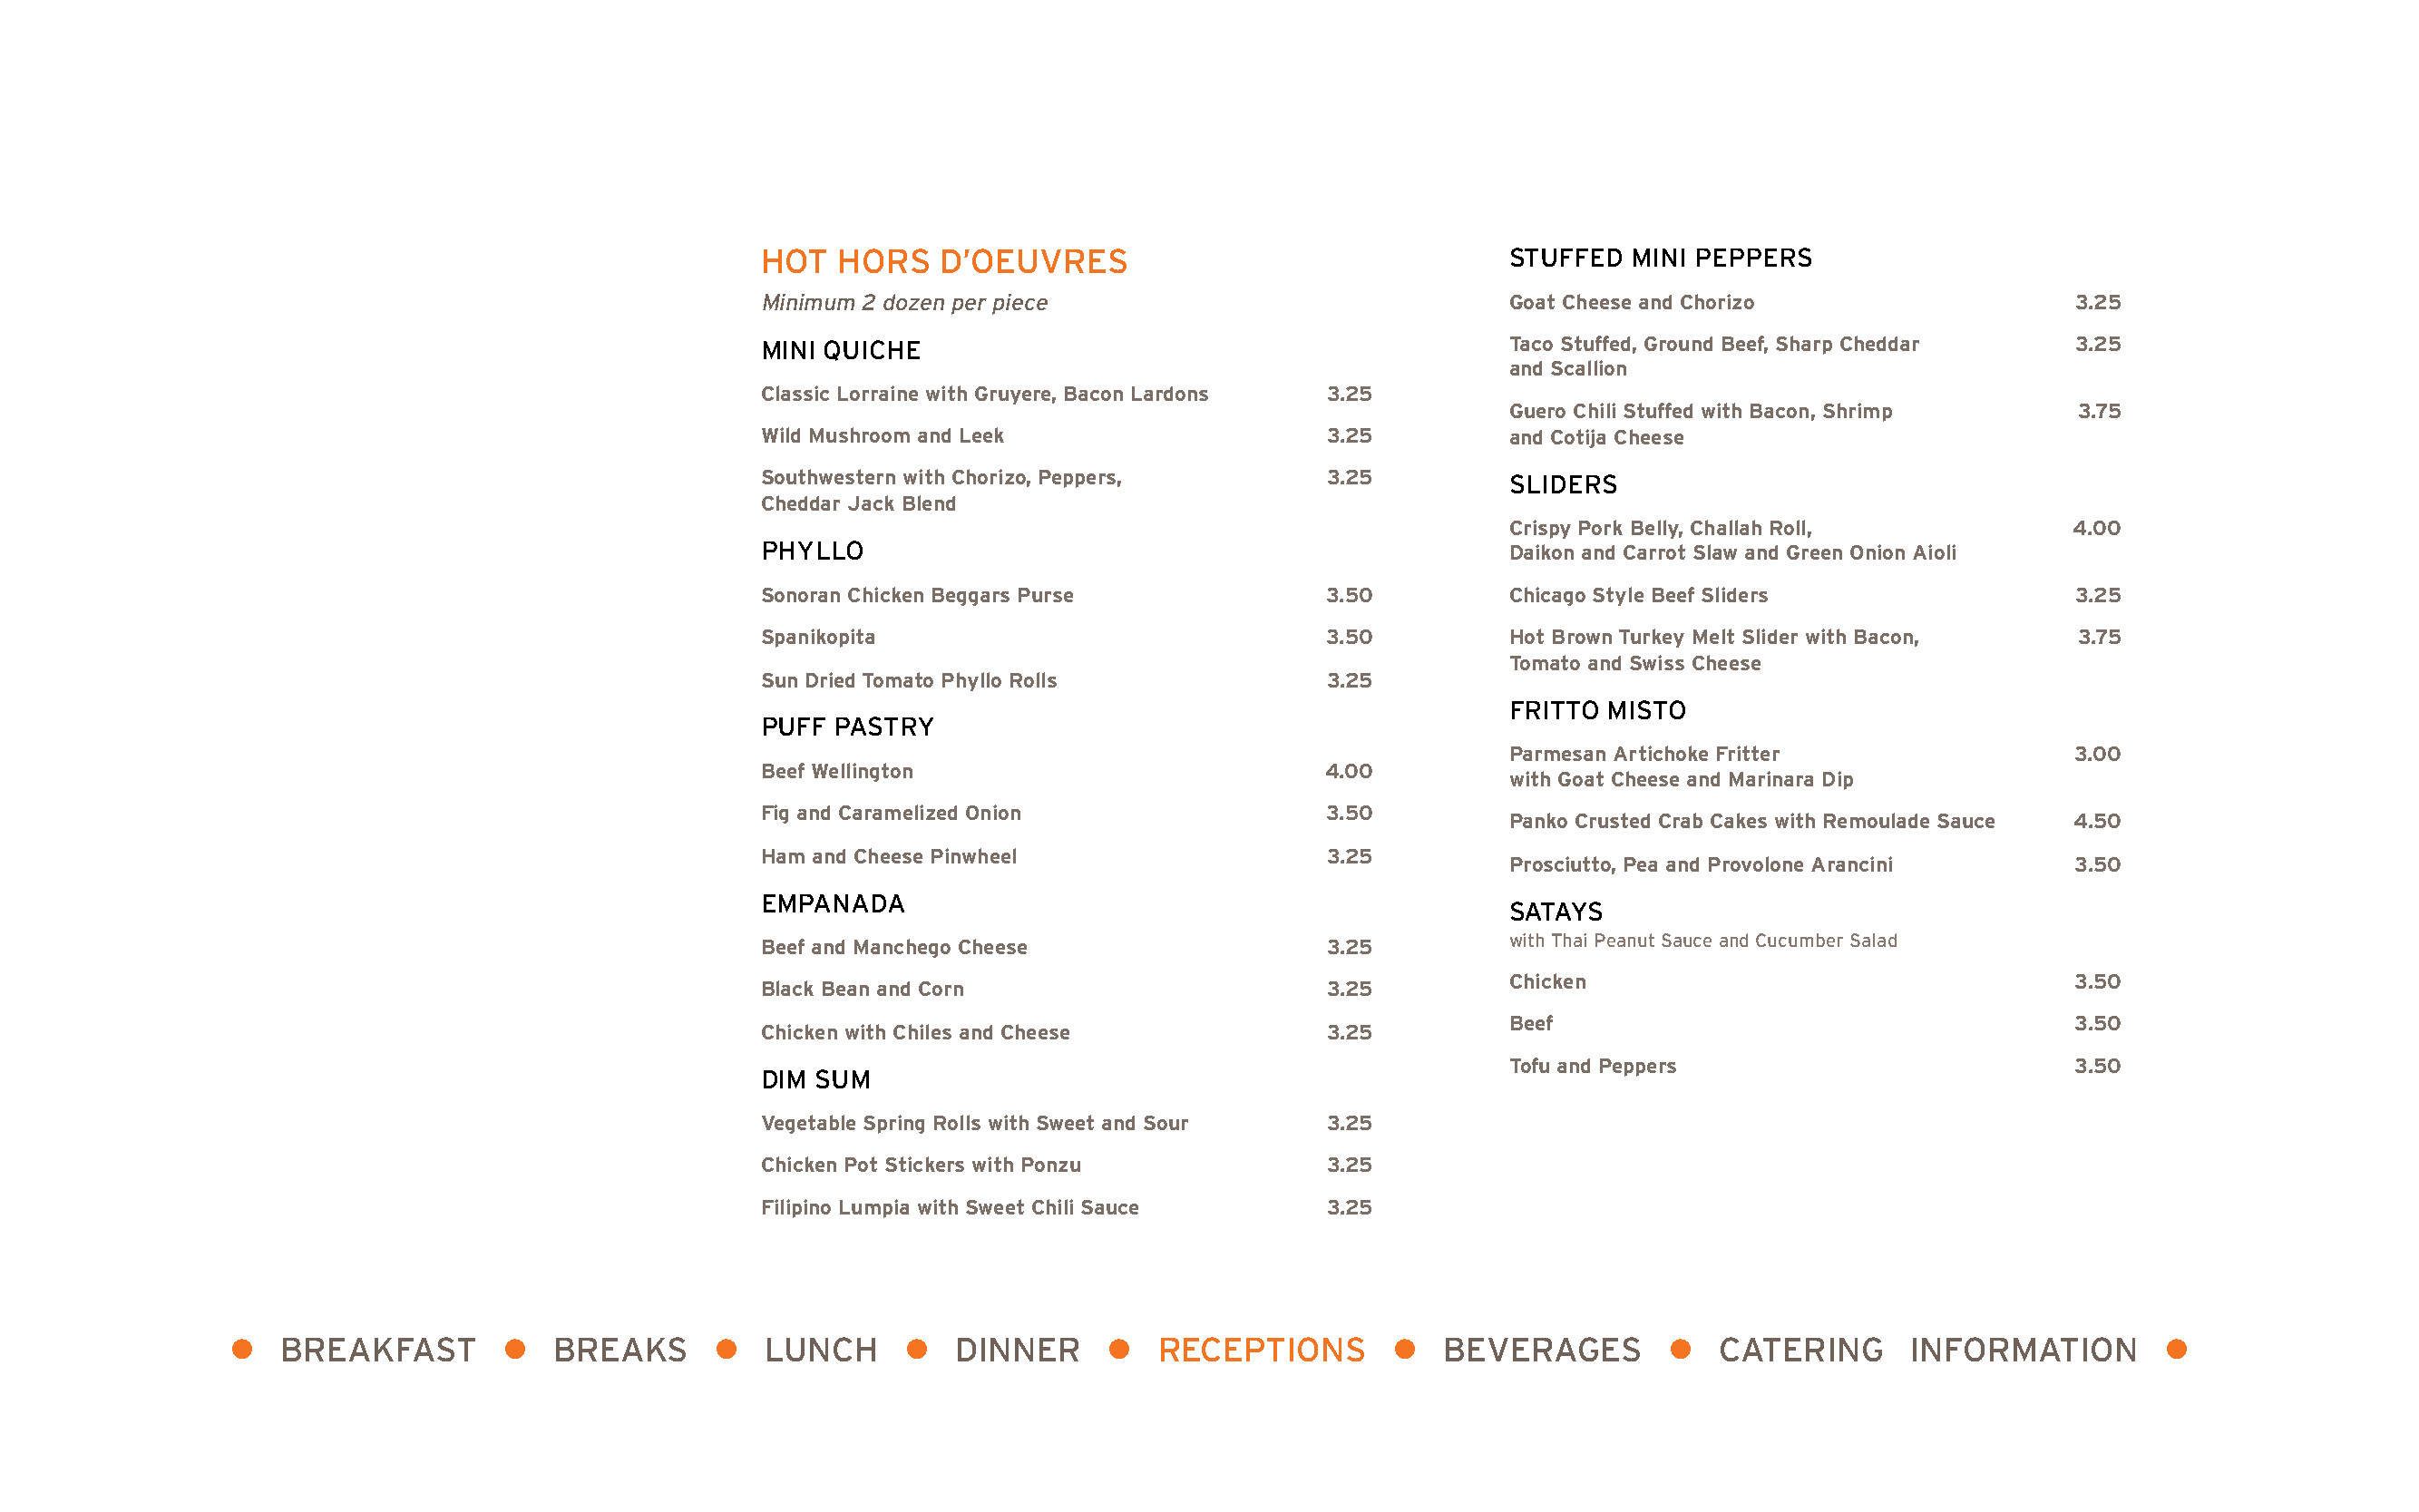
HOT  HORS    D’OEUVRES                                STUFFED  MINI PEPPERS
 Minimum 2 dozen per piece                              Goat Cheese and Chorizo                  3.25
 MINI QUICHE                                           Taco Stuffed, Ground Beef, Sharp Cheddar 3.25
 and Scallion
 Classic Lorraine with Gruyere, Bacon Lardons 3.25
 Guero Chili Stuffed with Bacon, Shrimp    3.75
 Wild Mushroom and Leek                   3.25         and Cotija Cheese
 Southwestern with Chorizo, Peppers,      3.25         SLIDERS
 Cheddar Jack Blend
 Crispy Pork Belly, Challah Roll,         4.00
 PHYLLO                                                Daikon and Carrot Slaw and Green Onion Aioli
 Sonoran Chicken Beggars Purse            3.50         Chicago Style Beef Sliders               3.25
 Spanikopita                              3.50         Hot Brown Turkey Melt Slider with Bacon,  3.75
 Tomato and Swiss Cheese
 Sun Dried Tomato Phyllo Rolls            3.25
 FRITTO MISTO
 PUFF PASTRY
 Parmesan Artichoke Fritter               3.00
 Beef Wellington                          4.00
 with Goat Cheese and Marinara Dip
 Fig and Caramelized Onion                3.50
 Panko Crusted Crab Cakes with Remoulade Sauce 4.50
 Ham and Cheese Pinwheel                  3.25
 Prosciutto, Pea and Provolone Arancini   3.50
 EMPANADA
 SATAYS
 with Thai Peanut Sauce and Cucumber Salad
 Beef and Manchego Cheese                 3.25
 Chicken                                  3.50
 Black Bean and Corn                      3.25
 Beef                                     3.50
 Chicken with Chiles and Cheese           3.25
 Tofu and Peppers                         3.50
 DIM SUM
 Vegetable Spring Rolls with Sweet and Sour 3.25
 Chicken Pot Stickers with Ponzu          3.25
 Filipino Lumpia with Sweet Chili Sauce   3.25
 l  BREAKFAST        l  BREAKS      l   LUNCH     l   DINNER     l   RECEPTIONS       l  BEVERAGES        l  CATERING      INFORMATION        l